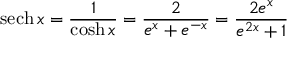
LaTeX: \operatorname { s e c h } x = { \frac { 1 } { \cosh x } } = { \frac { 2 } { e ^ { x } + e ^ { - x } } } = { \frac { 2 e ^ { x } } { e ^ { 2 x } + 1 } }